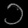
Digit: ၁